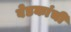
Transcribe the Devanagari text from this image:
बेडकांची